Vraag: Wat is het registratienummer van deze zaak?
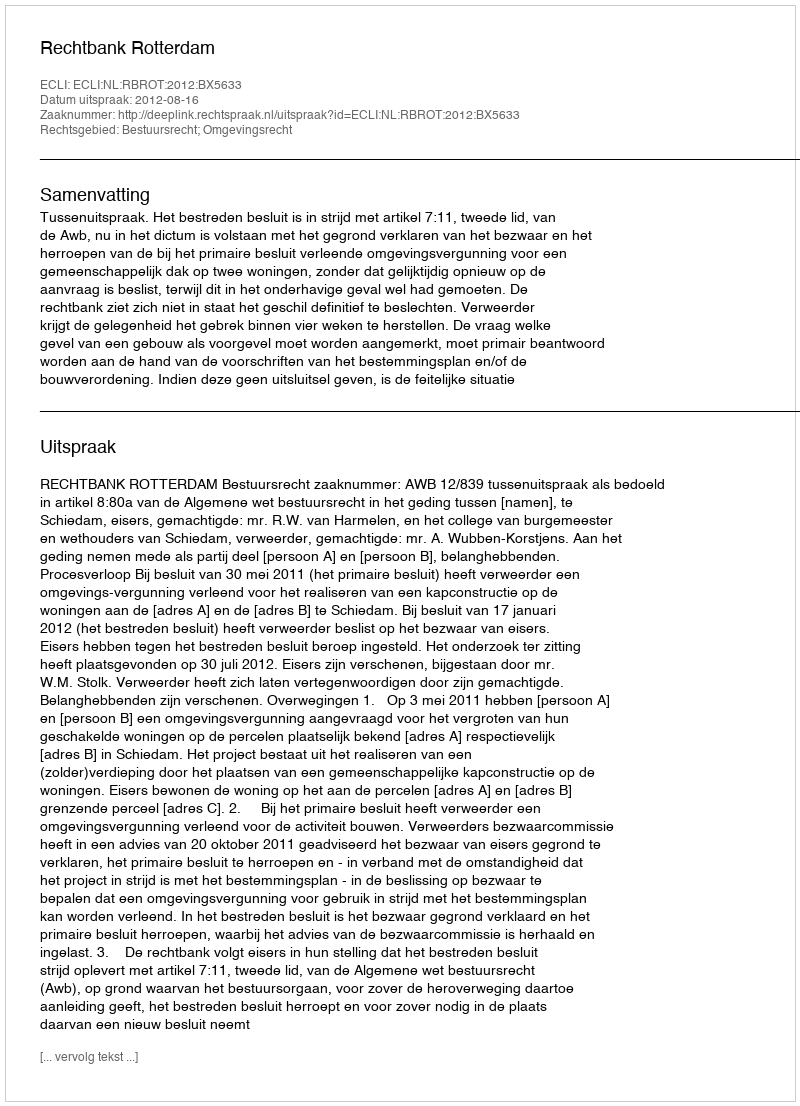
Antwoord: http://deeplink.rechtspraak.nl/uitspraak?id=ECLI:NL:RBROT:2012:BX5633